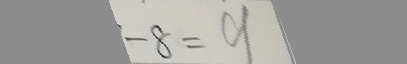
- 8 = 9